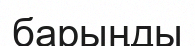
барыңды